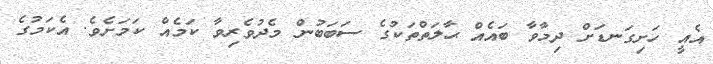
އެއީ ހަށިގަނޑަށް ދިމާވާ ބައެއް ޙާލަތްތަކުގެ ސަބަބުން މެދުވެރިވާ ކަމެއް ކަމަށެވެ. އެކަމުގެ